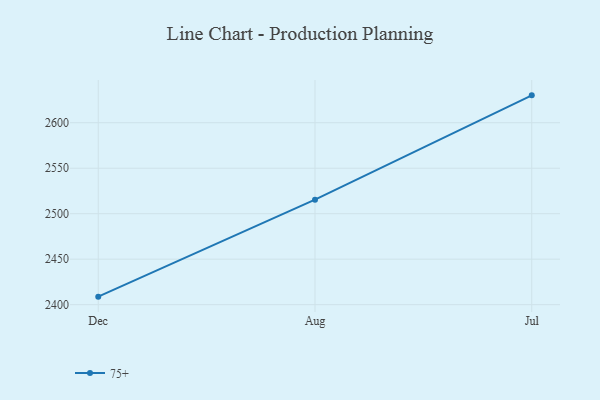
{"axis": {"x": "Month", "y": "Budget (USD K)"}, "legend": ["75+"], "data": [{"x": "Dec", "y": 2408.8, "type": "75+"}, {"x": "Aug", "y": 2515.4, "type": "75+"}, {"x": "Jul", "y": 2630.1, "type": "75+"}]}